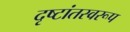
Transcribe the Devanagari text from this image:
दृष्टांतस्वरूप